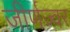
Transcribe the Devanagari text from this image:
जीर्णज्वर